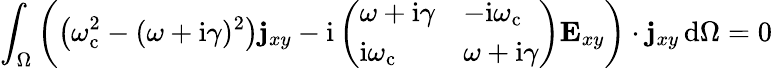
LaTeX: \int_{\Omega}\left(\left(\omega_{\mathrm{c}}^{2}-(\omega+\mathrm{i}\gamma)^{2}\right)\mathbf{j}_{xy}-\mathrm{i}\left(\begin{array}{ll}{\omega+\mathrm{i}\gamma}&{-\mathrm{i}\omega_{\mathrm{c}}}\\ {\mathrm{i}\omega_{\mathrm{c}}}&{\omega+\mathrm{i}\gamma}\end{array}\right)\mathbf{E}_{xy}\right)\cdot\mathbf{j}_{xy}\, \mathrm{d}\Omega=0